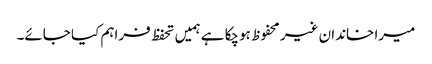
میرا خاندان غیر محفوظ ہوچکا ہے ہمیں تحفظ فراہم کیا جائے۔